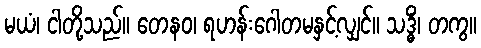
မယံ၊ ငါတို့သည်။ တေနဝ၊ ရဟန်းဂေါတမနှင့်လျှင်။ သဒ္ဓိံ၊ တကွ။